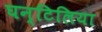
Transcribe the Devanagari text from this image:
घन्टिलिया